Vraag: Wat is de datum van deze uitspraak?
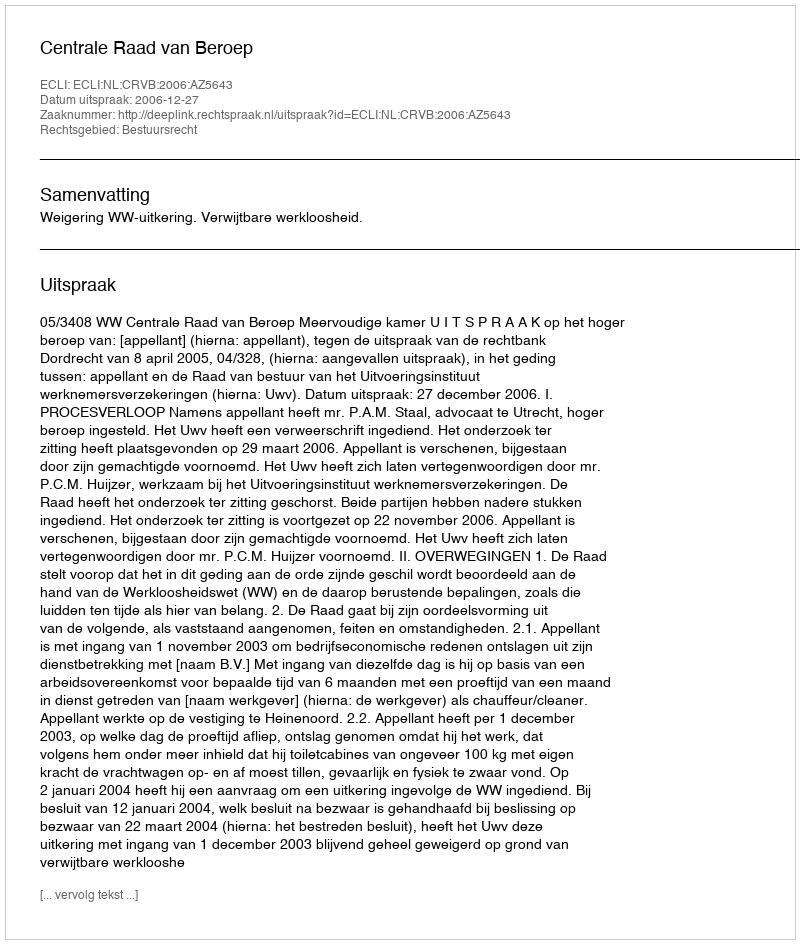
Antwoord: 2006-12-27